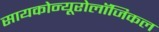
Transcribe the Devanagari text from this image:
सायकोन्यूरोलॉजिकल